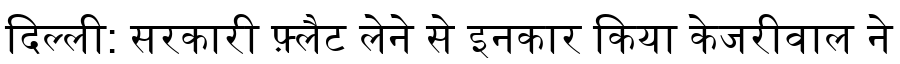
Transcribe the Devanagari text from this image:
दिल्ली: सरकारी फ़्लैट लेने से इनकार किया केजरीवाल ने